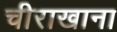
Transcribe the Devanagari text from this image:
चीराखाना